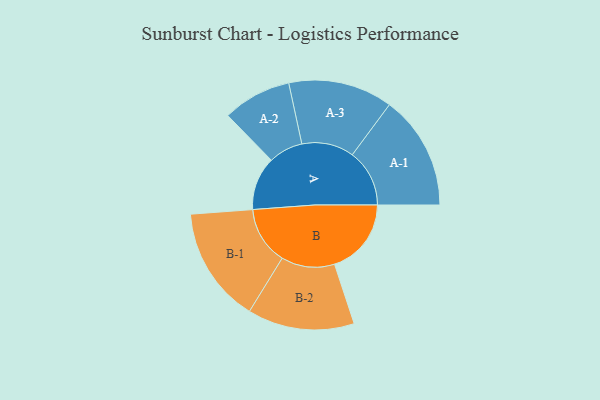
{"axis": {"x": "Segment", "y": "Value"}, "legend": ["", "A", "B"], "data": [{"x": "A", "y": 213, "type": ""}, {"x": "B", "y": 306, "type": ""}, {"x": "A-1", "y": 228, "type": "A"}, {"x": "A-2", "y": 137, "type": "A"}, {"x": "A-3", "y": 208, "type": "A"}, {"x": "B-1", "y": 231, "type": "B"}, {"x": "B-2", "y": 213, "type": "B"}]}